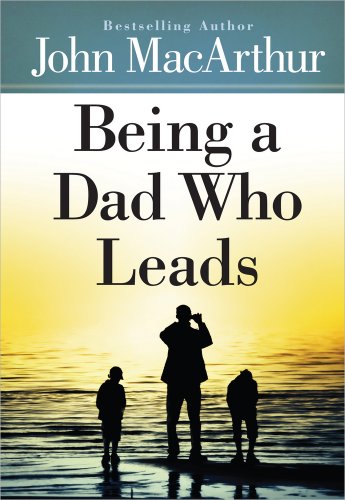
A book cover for Being a Dad Who Leads; John MacArthur; Christian Books & Bibles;